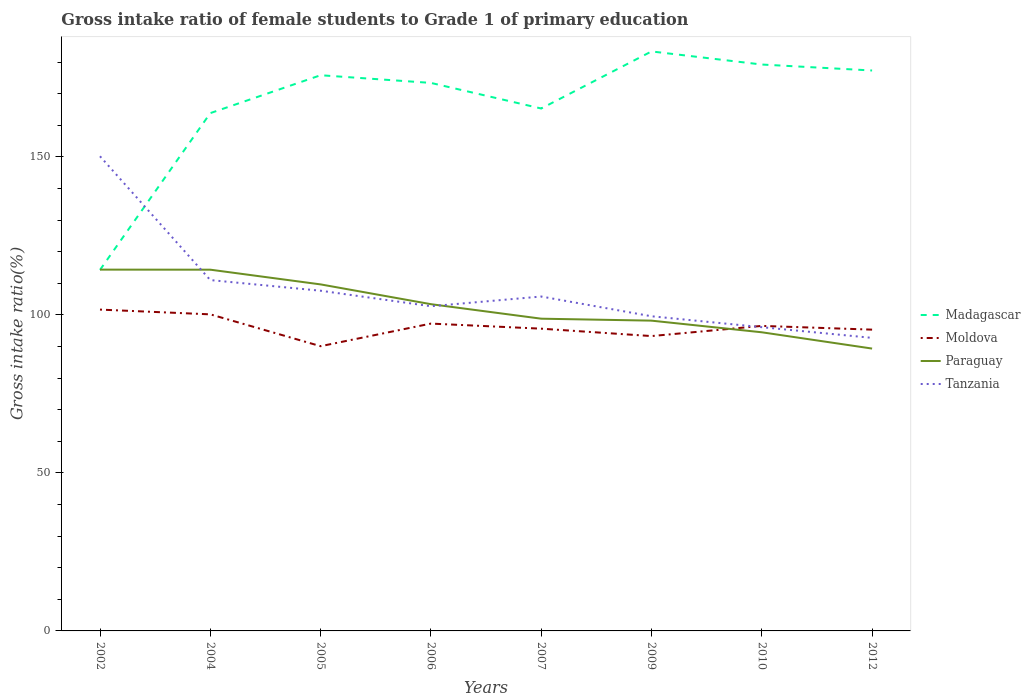
| Years | Madagascar | Moldova | Paraguay | Tanzania |
 | --- | --- | --- | --- | --- |
 | 2002 | 114 | 102 | 114 | 150 |
 | 2004 | 164 | 100 | 114 | 111 |
 | 2005 | 176 | 90.1 | 110 | 108 |
 | 2006 | 173 | 97.3 | 103 | 103 |
 | 2007 | 165 | 95.6 | 98.8 | 106 |
 | 2009 | 183 | 93.3 | 98.2 | 99.6 |
 | 2010 | 179 | 96.5 | 94.5 | 96.1 |
 | 2012 | 177 | 95.3 | 89.3 | 92.7 |